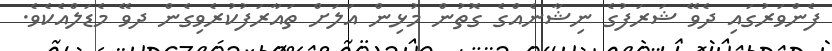
ފެންވަރުގައި ދެވޭ ޝަރަފުގެ ނިޝާނެއްގެ ގޮތުން މުޅިން އަލަށް ތައާރަފުކުރެވިގެން ދވޭ މެޑަލްއެކެވެ.